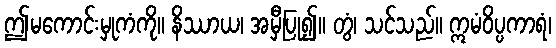
ဤမကောင်းမှုကံကို။ နိဿာယ၊ အမှီပြု၍။ တွံ၊ သင်သည်။ ဣမံဝိပ္ပကာရံ၊